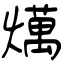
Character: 燤